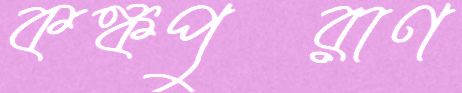
কঙ্কপুরাণ